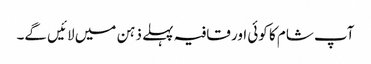
آپ شام کا کوئی اور قافیہ پہلے ذہن میں لائیں گے۔